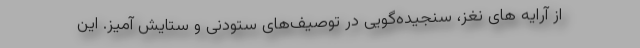
از آرایه های نغز، سنجیده‌گویی در توصیف‌های ستودنی و ستایش آمیز. این